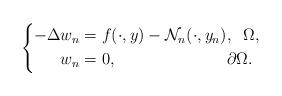
LaTeX: \begin{align*}\left \{\begin{aligned}-\Delta w_{n} &=f(\cdot,y)-\mathcal{N}_{n}(\cdot,y_{n}), \;\; \Omega,\\w_n&=0, \,\;\;\qquad\qquad\qquad\partial \Omega.\end{aligned}\right. \end{align*}